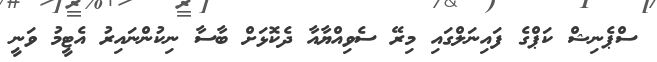
ސްޕެނިޝް ކަޕްގެ ފައިނަލްގައި މިރޭ ސެވިއްޔާއާ ދެކޮޅަށް ބާސާ ނިކުންނައިރު އެޓީމު ވަނީ